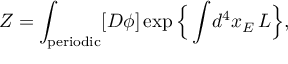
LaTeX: Z = \int _ { \mathrm { p e r i o d i c } } [ D \phi ] \exp \Big \{ \int \! d ^ { 4 } x _ { E } \, { \cal L } \Big \} ,